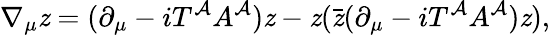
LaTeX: \nabla_{\mu}\mathit{z}=(\partial_{\mu}-iT^{\mathcal{A}}A^{\mathcal{A}})\mathit{z}-\mathit{z}(\bar{{\mathit{z}}}(\partial_{\mu}-iT^{\mathcal{A}}A^{\mathcal{A}})\mathit{z}),